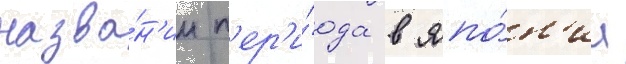
назва́н'ии п'ер'и́ода в япо́н'ии